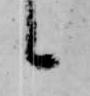
候